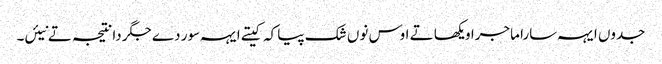
جدوں ایہہ سارا ماجرا ویکھا تے اوس نوں شک پیا کہ کیتے ایہہ سور دے جگر دا نتیجہ تے نیئں۔